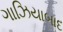
ગાઝિયાબાદ